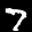
Label: 7